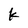
Character: k